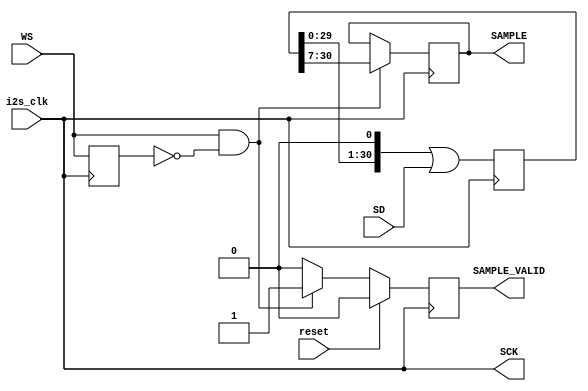
module i2s_receiver (
    input wire i2s_clk,
    input wire reset, 
    input wire SD, //i2s serial data line
    input wire WS, //i2s l/r select 
    output wire SCK, //i2s clock passthrough output
    output reg  [23:0] SAMPLE,
    output reg SAMPLE_VALID
);

localparam I2S_SAMPLE_WIDTH = 24; 

reg [I2S_SAMPLE_WIDTH-1:0] SAMPLE_i;
reg [31: 0] SD_P; 

reg WS_R; //to check for transitions on the WS signal


assign SCK = i2s_clk;  

always @(posedge i2s_clk) begin
    WS_R <= WS; 
    SAMPLE_VALID <= 1'B0;     
    SD_P <= (SD_P<<1'B1)|SD;

    if ((WS && ~WS_R)) begin
        SAMPLE <= SD_P [30 -: I2S_SAMPLE_WIDTH];
        SAMPLE_VALID <= 1'b1; // only left channel is used here
    end

    if (reset)
        SAMPLE_VALID <= 1'b0; //last assignment wins
    
end
// initial begin
//     $dumpfile("i2s_receiver.vcd");
//     $dumpvars(0, i2s_receiver);
// end

endmodule